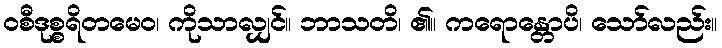
ဝစီဒုစ္စရိတမေဝ၊ ကိုသာလျှင်။ ဘာသတိ၊ ၏။ ကရောန္တောပိ၊ သော်လည်း။